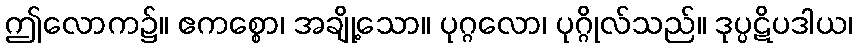
ဤလောက၌။ ဧကစ္စော၊ အချို့သော။ ပုဂ္ဂလော၊ ပုဂ္ဂိုလ်သည်။ ဒုပ္ပဋိပဒါယ၊